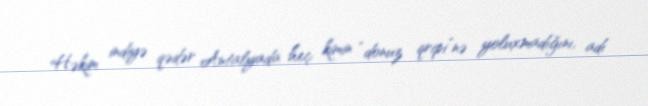
Həkim indiyə qədər Antalyada heç kimin “donuz qripi”nə yoluxmadığını, adı